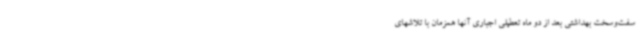
سفت‌وسخت بهداشتی بعد از دو ماه تعطیلی اجباری آنها همزمان با تلاشهای